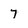
Character: 7